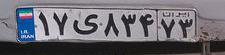
۱۷ی۸۳۴۷۳